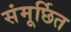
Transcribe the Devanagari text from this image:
संमूर्छित